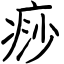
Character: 痧